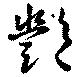
艶